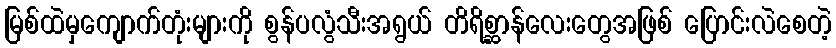
မြစ်ထဲမှကျောက်တုံးများကို စွန်ပလွံသီးအရွယ် တိရိစ္ဆာန်လေးတွေအဖြစ် ပြောင်းလဲစေတဲ့